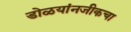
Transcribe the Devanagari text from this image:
डोळयांनजीकचा